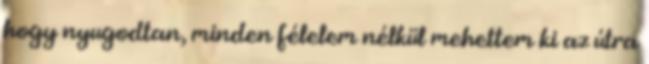
hogy nyugodtan, minden félelem nélkül mehettem ki az útra